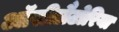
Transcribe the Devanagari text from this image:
ऑसीलैटोरिया